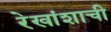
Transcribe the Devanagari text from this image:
रेखांशाची